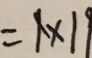
= 1 \times 1 9